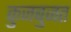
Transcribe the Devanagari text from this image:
कुजबुजत